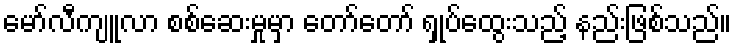
မော်လီကျူလာ စစ်ဆေးမှုမှာ တော်တော် ရှုပ်ထွေးသည့် နည်းဖြစ်သည်။